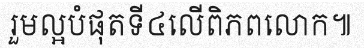
រួមល្អបំផុតទី៤លើពិភពលោក៕